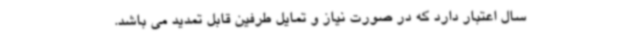
سال اعتبار دارد که در صورت نیاز و تمایل طرفین قابل تمدید می باشد.